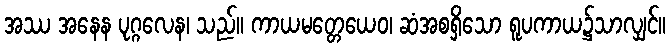
အဿ အနေန ပုဂ္ဂလေန၊ သည်။ ကာယမတ္တေယေဝ၊ ဆံအစရှိသော ရူပကာယ၌သာလျှင်။